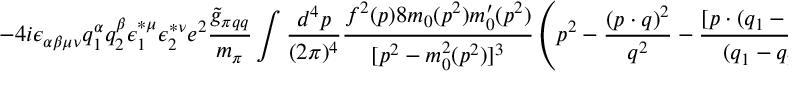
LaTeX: - 4 i \epsilon _ { \alpha \beta \mu \nu } q _ { 1 } ^ { \alpha } q _ { 2 } ^ { \beta } \epsilon _ { 1 } ^ { \ast \mu } \epsilon _ { 2 } ^ { \ast \nu } e ^ { 2 } \frac { \widetilde { g } _ { \pi q q } } { m _ { \pi } } \int \frac { d ^ { 4 } p } { ( 2 \pi ) ^ { 4 } } \frac { f ^ { 2 } ( p ) 8 m _ { 0 } ( p ^ { 2 } ) m _ { 0 } ^ { \prime } ( p ^ { 2 } ) } { [ p ^ { 2 } - m _ { 0 } ^ { 2 } ( p ^ { 2 } ) ] ^ { 3 } } \left( p ^ { 2 } - \frac { ( p \cdot q ) ^ { 2 } } { q ^ { 2 } } - \frac { [ p \cdot ( q _ { 1 } - q _ { 2 } ) ] ^ { 2 } } { ( q _ { 1 } - q _ { 2 } ) ^ { 2 } } \right) .